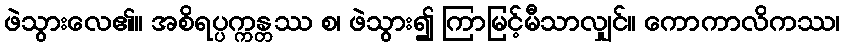
ဖဲသွားလေ၏။ အစိရပ္ပက္ကန္တဿ စ၊ ဖဲသွား၍ ကြာမြင့်မီသာလျှင်။ ကောကာလိကဿ၊